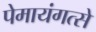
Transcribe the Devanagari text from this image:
पेमायंगत्से